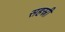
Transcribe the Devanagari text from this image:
सहस्री